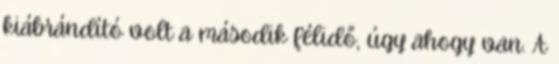
kiábrándító volt a második félidő, úgy ahogy van. A